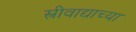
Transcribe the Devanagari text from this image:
स्त्रीवाद्याच्या